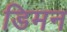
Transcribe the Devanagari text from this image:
डिमन